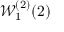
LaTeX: { \mathcal { W } } _ { 1 } ^ { ( 2 ) } ( 2 )